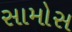
સામોસ